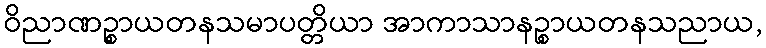
ဝိညာဏဉ္စာယတနသမာပတ္တိယာ အာကာသာနဉ္စာယတနသညာယ,